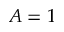
A = 1